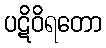
ပဋိဝိရတော